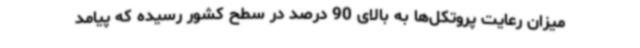
میزان رعایت پروتکل‌ها به بالای 90 درصد در سطح کشور رسیده که پیامد